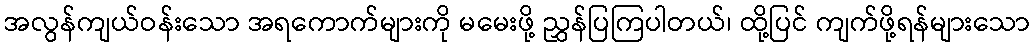
အလွန်ကျယ်ဝန်းသော အရကောက်များကို မမေးဖို့ ညွှန်ပြကြပါတယ်၊ ထို့ပြင် ကျက်ဖို့ရန်များသော